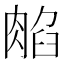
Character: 𦜿